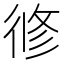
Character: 𢔜